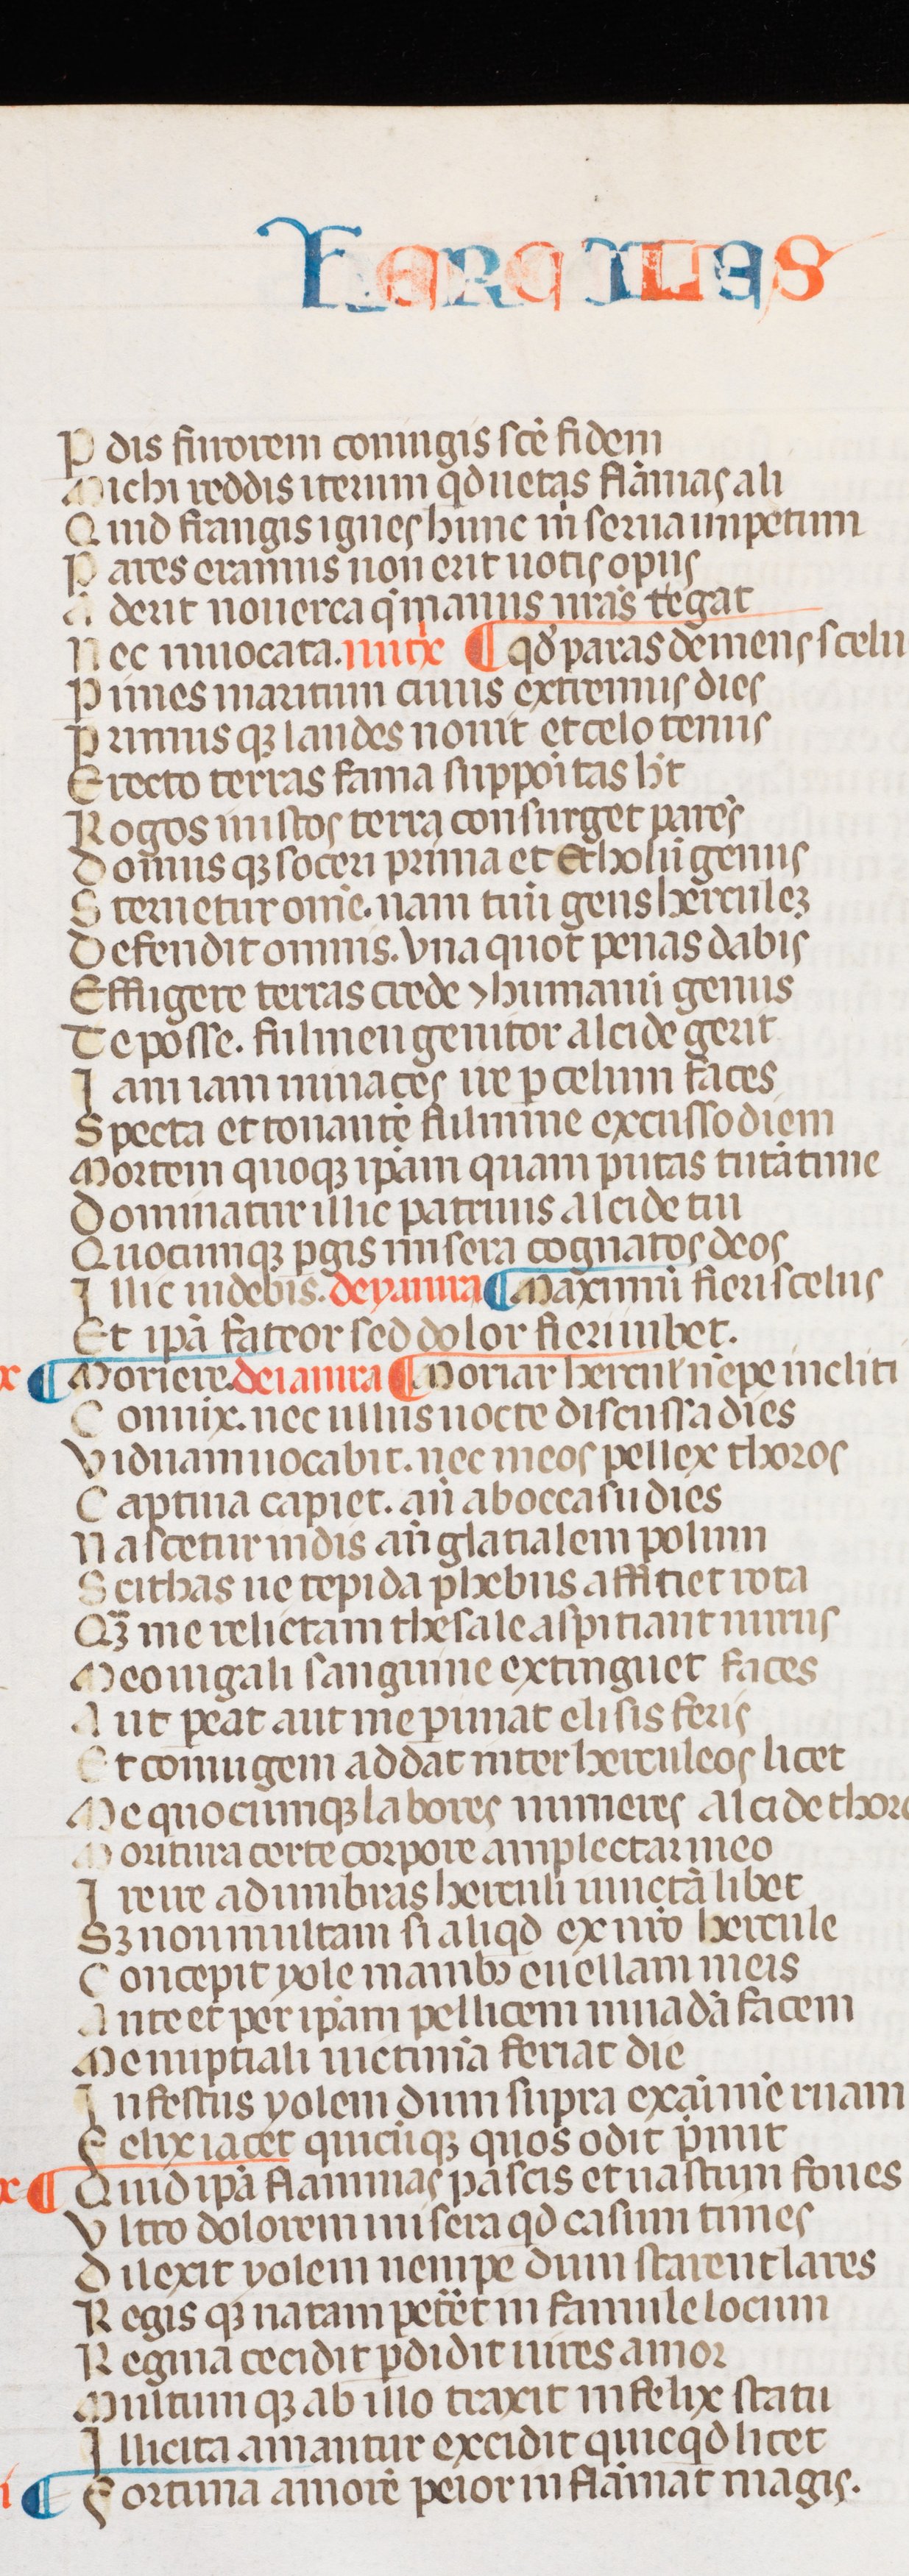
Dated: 1300–1399